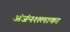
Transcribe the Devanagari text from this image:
अंजंनशलाका